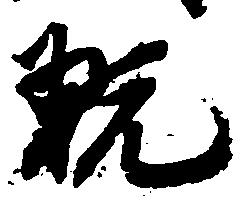
翫